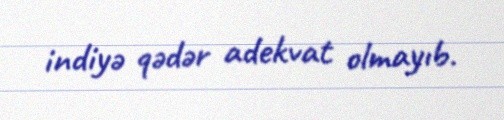
indiyə qədər adekvat olmayıb.